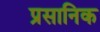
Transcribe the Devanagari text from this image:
प्रसानिक